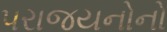
પરાજયનોનો